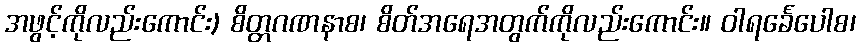
အဖွင့်ကိုလည်းကောင်း) စိတ္တဂဏနာစ၊ စိတ်အရေအတွက်ကိုလည်းကောင်း။ ဝါရင်္ခေပေါစ၊